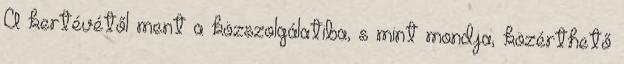
A kertévétől ment a közszolgálatiba, s mint mondja, közérthető